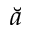
\breve { a }